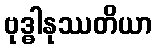
ဗုဒ္ဓါနုဿတိယာ